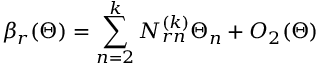
\beta _ { r } ( \Theta ) = \sum _ { n = 2 } ^ { k } { \cal N } _ { r n } ^ { ( k ) } \Theta _ { n } + O _ { 2 } ( \Theta )